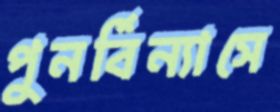
পুনর্বিন্যাসে